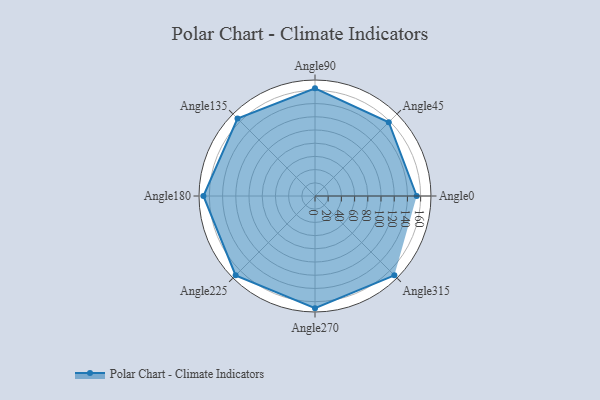
{"axis": {"x": "Angle", "y": "Radius"}, "legend": [""], "data": [{"x": "Angle0", "y": 154.0, "type": ""}, {"x": "Angle45", "y": 158.0, "type": ""}, {"x": "Angle90", "y": 163.0, "type": ""}, {"x": "Angle135", "y": 166.0, "type": ""}, {"x": "Angle180", "y": 169.0, "type": ""}, {"x": "Angle225", "y": 170, "type": ""}, {"x": "Angle270", "y": 170, "type": ""}, {"x": "Angle315", "y": 170, "type": ""}]}